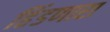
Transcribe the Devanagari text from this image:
हिंडणारा